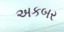
અકબર